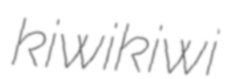
kiwikiwi